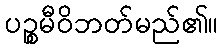
ပဉ္စမီဝိဘတ်မည်၏။